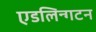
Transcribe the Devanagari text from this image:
एडलिन्गटन